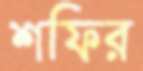
শফির